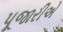
પૂજારીએ